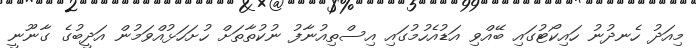
މިއަދު ހެނދުނު ހައިކޯޓުގައި ބޭއްވި އަޑުއެހުމުގައި އިސްތިއުނާފު ނުކުތާތަށް ހުށަހަޅުއްވަމުން އަދީބުގެ ގާނޫނީ